Indian journal of veterinary science and animal husbandry - Volume 8,
Year: 1938
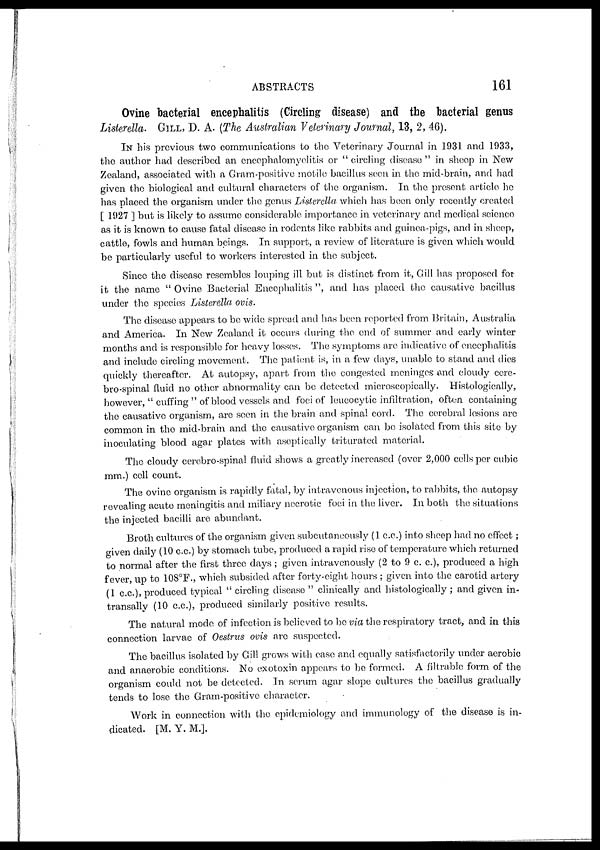
ABSTRACTS
161
Ovine bacterial encephalitis (Circling disease) and the bacterial genus
Listerella. GILL, D. A. (The Australian Veterinary Journal, 13, 2, 46).
IN his previous two communications to the Veterinary Journal in 1931 and 1933,
the author had described an encephalomyelitis or " circling disease " in sheep in New
Zealand, associated with a Gram-positive motile bacillus seen in the mid-brain, and had
given the biological and cultural characters of the organism. In the present article he
has placed the organism under the genus Listerella which has been only recently created
[ 1927 ] but is likely to assume considerable importance in veterinary and medical science
as it is known to cause fatal disease in rodents like rabbits and guinea-pigs, and in sheep,
cattle, fowls and human beings. In support, a review of literature is given which would
be particularly useful to workers interested in the subject.
Since the disease resembles louping ill but is distinct from it, Gill has proposed for
it the name " Ovine Bacterial Encephalitis ", and has placed the causative bacillus
under the species Listerella ovis.
The disease appears to be wide spread and has been reported from Britain, Australia
and America. In New Zealand it occurs during the end of summer and early winter
months and is responsible for heavy losses. The symptoms are indicative of encephalitis
and include circling movement. The patient is, in a few days, unable to stand and dies
quickly thereafter. At autopsy, apart from the congested meninges and cloudy cere¬
bro-spinal fluid no other abnormality can be detected microscopically. Histologically,
however, " cuffing " of blood vessels and foci of leucocytic infiltration, often containing
the causative organism, are seen in the brain and spinal cord. The cerebral lesions are
common in the mid-brain and the causative organism can be isolated from this site by
inoculating blood agar plates with aseptically triturated material.
The cloudy cerebro-spinal fluid shows a greatly increased (over 2,000 cells per cubic
mm.) cell count.
The ovine organism is rapidly fatal, by intravenous injection, to rabbits, the autopsy
revealing acute meningitis and miliary necrotic foci in the liver. In both the situations
the injected bacilli are abundant.
Broth cultures of the organism given subcutaneously (1 c.c.) into sheep had no effect;
given daily (10 c.c.) by stomach tube, produced a rapid rise of temperature which returned
to normal after the first three days ; given intravenously (2 to 9 c. c.), produced a high
fever, up to 108°F., which subsided after forty-eight hours ; given into the carotid artery
(1 c.c.), produced typical " circling disease " clinically and histologically ; and given in¬
transally (10 c.c.), produced similarly positive results.
The natural mode of infection is believed to be via the respiratory tract, and in this
connection larvae of Oestrus ovis are suspected.
The bacillus isolated by Gill grows with case and equally satisfactorily under aerobic
and anaerobic conditions. No exotoxin appears to be formed. A filtrable form of the
organism could not be detected. In serum agar slope cultures the bacillus gradually
tends to lose the Gram-positive character.
Work in connection with the epidemiology and immunology of the disease is in-
dicated. [M. Y. M.].